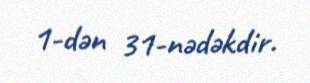
1-dən 31-nədəkdir.